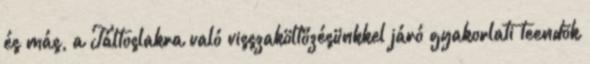
és más, a Táltoslakra való visszaköltözésünkkel járó gyakorlati teendõk